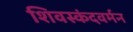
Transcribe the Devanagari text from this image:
शिवस्कंदवर्मन